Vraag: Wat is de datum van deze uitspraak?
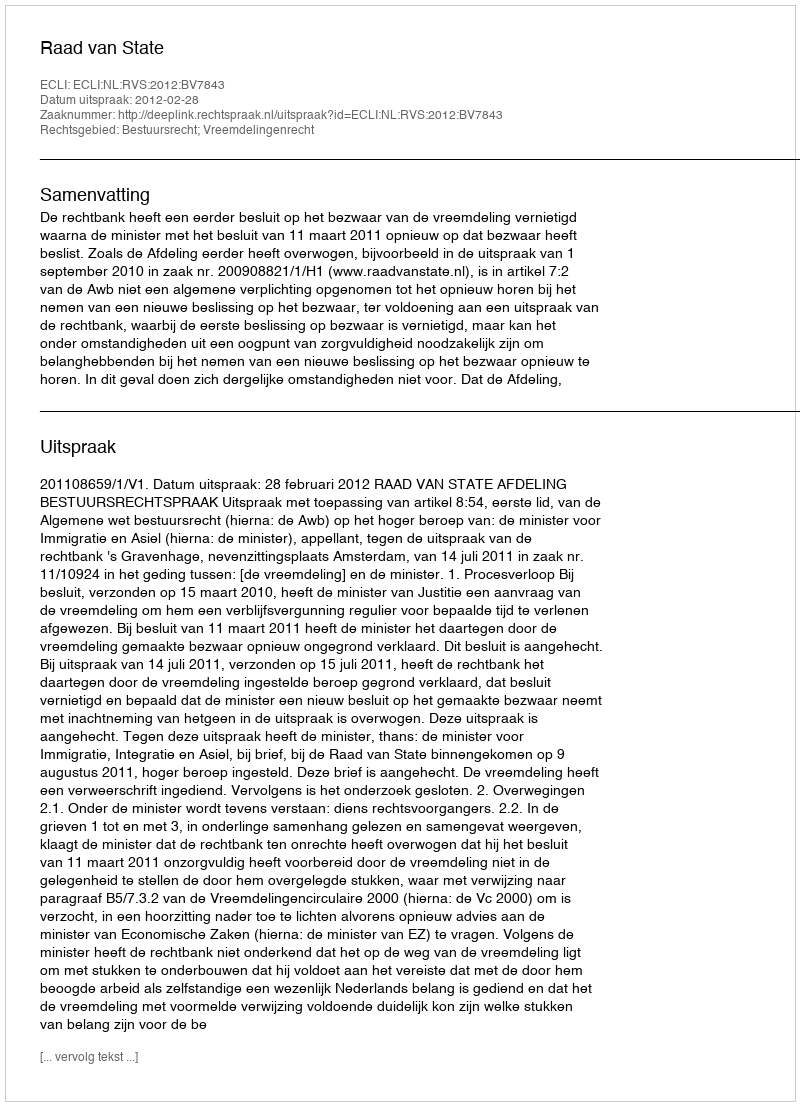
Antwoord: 2012-02-28